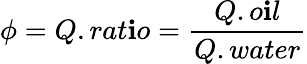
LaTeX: \phi=Q.rat\mathbf{i}o=\frac{{Q.o\mathbf{i}l}}{{Q.water}}